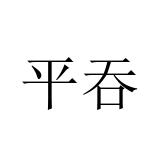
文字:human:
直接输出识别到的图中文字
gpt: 平吞